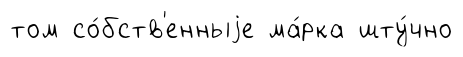
том со́бств'енныjе ма́рка шту́чно